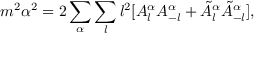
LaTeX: m ^ { 2 } \alpha ^ { 2 } = 2 \sum _ { \alpha } \sum _ { l } l ^ { 2 } [ A _ { l } ^ { \alpha } A _ { - l } ^ { \alpha } + \tilde { A } _ { l } ^ { \alpha } \tilde { A } _ { - l } ^ { \alpha } ] ,